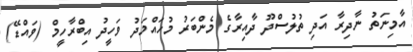
އާމިނަތު ނާދިރާ އަދި ތުލުސްދޫ ދާއިރާގެ މެންބަރު މުހައްމަދު ވަހީދު އިބްރާހީމް (ވައްޑޭ)